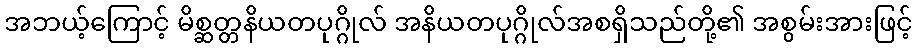
အဘယ့်ကြောင့် မိစ္ဆတ္တနိယတပုဂ္ဂိုလ် အနိယတပုဂ္ဂိုလ်အစရှိသည်တို့၏ အစွမ်းအားဖြင့်